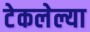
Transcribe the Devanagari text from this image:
टेकलेल्या